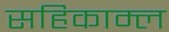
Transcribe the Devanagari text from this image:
सहिकाम्ल